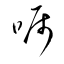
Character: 嘱